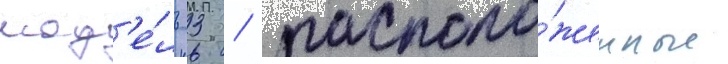
мод'е́ль 3 / располо́женные